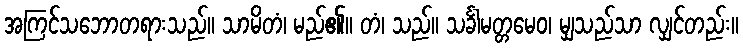
အကြင်သဘောတရားသည်။ သာမိတံ၊ မည်၏။ တံ၊ သည်။ သင်္ခါမတ္တမေဝ၊ မျှသည်သာ လျှင်တည်း။